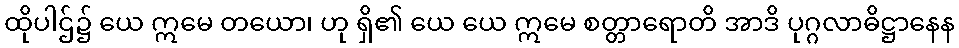
ထိုပါဌ်၌ ယေ ဣမေ တယော၊ ဟု ရှိ၏ ယေ ယေ ဣမေ စတ္တာရောတိ အာဒိ ပုဂ္ဂလာဓိဋ္ဌာနေန